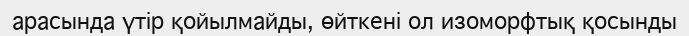
арасында үтір қойылмайды, өйткені ол изоморфтық қосынды